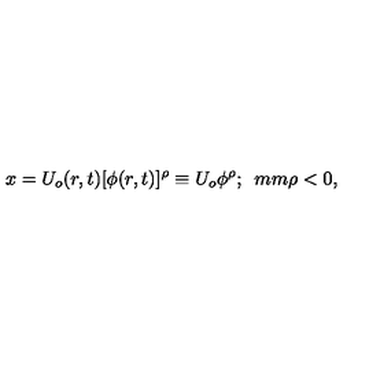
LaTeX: x = U _ { o } ( r , t ) [ \phi ( r , t ) ] ^ { \rho } \equiv U _ { o } \phi ^ { \rho } ; \hspace * { 5 m m } \rho < 0 ,